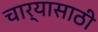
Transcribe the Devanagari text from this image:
चार्‍यासाठी